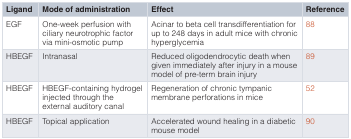
<table><thead><tr><td><b>Ligand</b></td><td><b>Mode of administration</b></td><td><b>Effect</b></td><td><b>Reference</b></td></tr></thead><tbody><tr><td>EGF</td><td>One-week perfusion withciliary neurotrophic factorvia mini-osmotic pump</td><td>Acinar to beta cell transdifferentiation forup to 248 days in adult mice with chronichyperglycemia</td><td>88</td></tr><tr><td>HBEGF</td><td>Intranasal</td><td>Reduced oligodendrocytic death whengiven immediately after injury in a mousemodel of pre-term brain injury</td><td>89</td></tr><tr><td>HBEGF</td><td>HBEGF-containing hydrogelinjected through theexternal auditory canal</td><td>Regeneration of chronic tympanicmembrane perforations in mice</td><td>52</td></tr><tr><td>HBEGF</td><td>Topical application</td><td>Accelerated wound healing in a diabeticmouse model</td><td>90</td></tr></tbody></table>